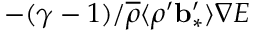
- ( \gamma - 1 ) / \overline { { \rho } } \langle { \rho ^ { \prime } { \bf { b } } _ { \ast } ^ { \prime } } \rangle \nabla E